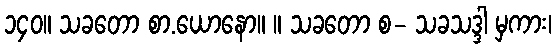
၁၄၀။ သခတော စာ.ယောနော။ ။ သခတော စ- သခသဒ္ဒါ မှကား၊